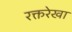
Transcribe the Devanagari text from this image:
रक्तरेखा